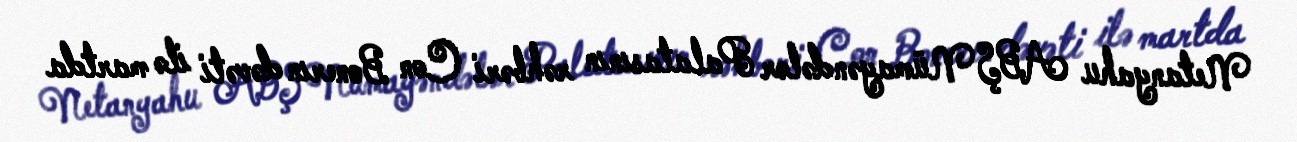
Netanyahu ABŞ Nümayəndələr Palatasının rəhbəri Con Bonerın dəvəti ilə martda